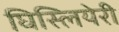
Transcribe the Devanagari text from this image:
घिस्लियेरी